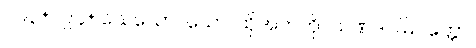
၁၉၃+၁၉၄+ သေသော။ သော၊ ထိုအဘကို။ သဏဒါဂါမိပတ္တော၊